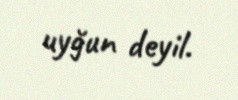
uyğun deyil.